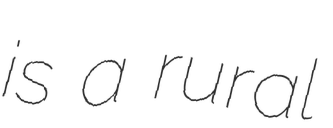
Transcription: is a rural